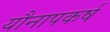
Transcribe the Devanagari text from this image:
यौनापकर्ष